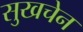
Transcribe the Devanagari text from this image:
सुखचेन